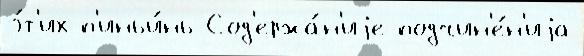
э́т'их п'иньи́нь Сод'ержа́н'иjе подчин'е́н'иjа